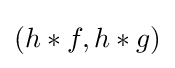
{\textstyle (h*f,h*g)}